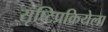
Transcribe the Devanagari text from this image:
सृष्टिप्रक्रियेला